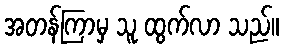
အတန်ကြာမှ သူ ထွက်လာ သည်။